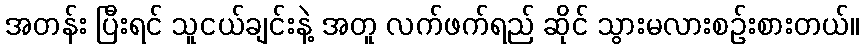
အတန်း ပြီးရင် သူငယ်ချင်းနဲ့ အတူ လက်ဖက်ရည် ဆိုင် သွားမလားစဉ်းစားတယ်။